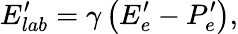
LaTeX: E_{lab}^{\prime}=\gamma\left(E_{e}^{\prime}-P_{e}^{\prime}\right),